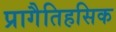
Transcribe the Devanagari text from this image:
प्रागैतिहसिक